system: You are a helpful assistant.
user:
Analyze the provided spectrum to determine if it is a **White Dwarf (WD)**.

A White Dwarf spectrum is defined by its **extreme purity** (due to gravitational settling) and/or **extreme pressure broadening** (due to high surface gravity). You must check for one of the following mutually exclusive signatures:

- **Key Visual Indicators (Check for ONE of these types):**

    - **1. DA-Type Signature (Most Common):**
        - **(Primary Feature):** Extreme pressure broadening (Stark broadening) of the **Hydrogen (H) Balmer lines**.
        - **(Key Lines):** $H\beta$ (approx. $4861$ Å) and $H\gamma$ (approx. $4340$ Å). $H\alpha$ (approx. $6563$ Å) will also be present if the wavelength range covers it.
        - **(Line Profile):** This is the **defining feature**. The lines are **NOT** sharp. They appear as massive, **extremely broad and deep "troughs" or "dips"** in the spectrum, often hundreds of Ångströms wide. The continuum will appear to "scoop" down at these wavelengths.
        - **(Distinction):** Normal A-type or B-type stars have *narrow* and *sharp* Hydrogen lines. A DA White Dwarf's lines are unmistakably "smeared" or "blurry" from pressure.

    - **2. DB-Type Signature:**
        - **(Primary Feature):** Broad absorption lines from **Neutral Helium (He I)**. The spectrum must lack any visible Hydrogen lines.
        - **(Key Lines):** Look for broad absorption near $4471$ Å, $4921$ Å, and $5876$ Å.
        - **(Line Profile):** These lines are also significantly pressure-broadened, appearing much wider than they would in a normal B-type main-sequence star.

    - **3. DC-Type Signature:**
        - **(Primary Feature):** A **featureless continuous spectrum**.
        - **(Line Profile):** The spectrum is a smooth curve with **no significant absorption or emission lines**.
        - **(Key Confirmation):** The continuum is almost always **blue or white**, indicating a hot object. This signature implies the atmosphere is so pure (or so cool) that no spectral lines are visible in the optical range. Its WD identity is confirmed by its extremely low intrinsic brightness (high absolute magnitude).

    - **4. DZ-Type Signature (Metal-Polluted):**
        - **(Primary Feature):** **Isolated, narrow metal absorption lines** on an otherwise featureless (DC-like) continuum.
        - **(Key Lines):** The **Calcium (Ca II) H & K doublet** (approx. **$3934$ Å** and **$3968$ Å**) is the most common and defining feature.
        - **(Line Profile):** These lines are "out of place." They are *not* part of a "forest" of thousands of lines. This signature is evidence of recent *accretion* (pollution) from rocky debris.
        - **(Distinction):** Normal G/K/M stars have a *dense forest* of thousands of metal lines. A DZ has a *clean* continuum with *only a few* strong metal lines.

    - **5. DQ-Type Signature (Carbon-Polluted):**
        - **(Primary Feature):** Absorption bands from **Carbon (C₂ "Swan Bands" or atomic C I)**.
        - **(Key Lines - C₂):** Look for bandheads with a "saw-tooth" shape near $5635$ Å, **$5165$ Å** (strongest), and $4737$ Å.
        - **(Key Confirmation):** The underlying **continuum must be blue or white** (hot).
        - **(Distinction):** This is the critical difference from a **Carbon Star**, which has the *exact same* C₂ bands but on an extremely **red, cool** continuum.

- **(Overall Spectrum):**
    - The continuum (overall shape) is typically **blue-sloping** (brighter in the blue than the red), as most white dwarfs are very hot.
    - The spectrum will look "pure" or "simple," dominated by only *one* of the five signatures listed above.

Think first, call **spectral_visualization_tool** if needed to examine features in detail, then provide your final answer. Your response must adhere to the following strict rules:
1.  **Overall Structure:** Your response must follow the format `<think>...</think> <tool_call>...</tool_call> (if a tool is used) <answer>...</answer>`.
2.  **Tool Usage Constraint:** You may only make **one** tool call per turn.
3.  **Final Answer Format:** In the `<answer>` tag, your conclusion must be inside a `\boxed{}` command (e.g., `\boxed{YES}` or `\boxed{NO}`), followed by your justification.

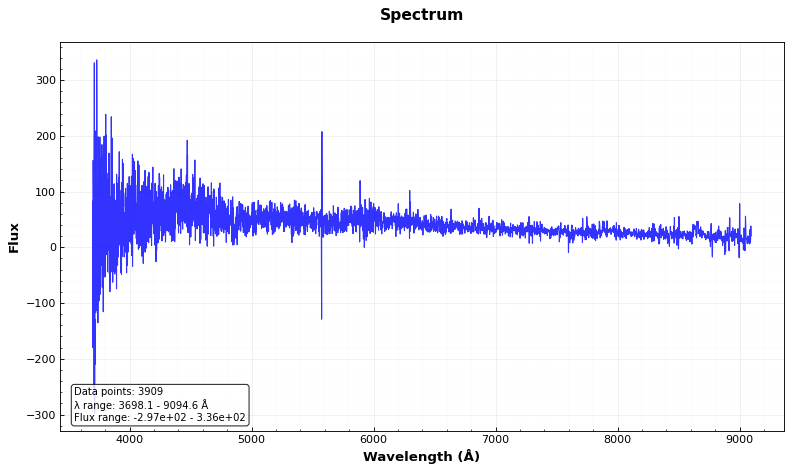
Answer: NO